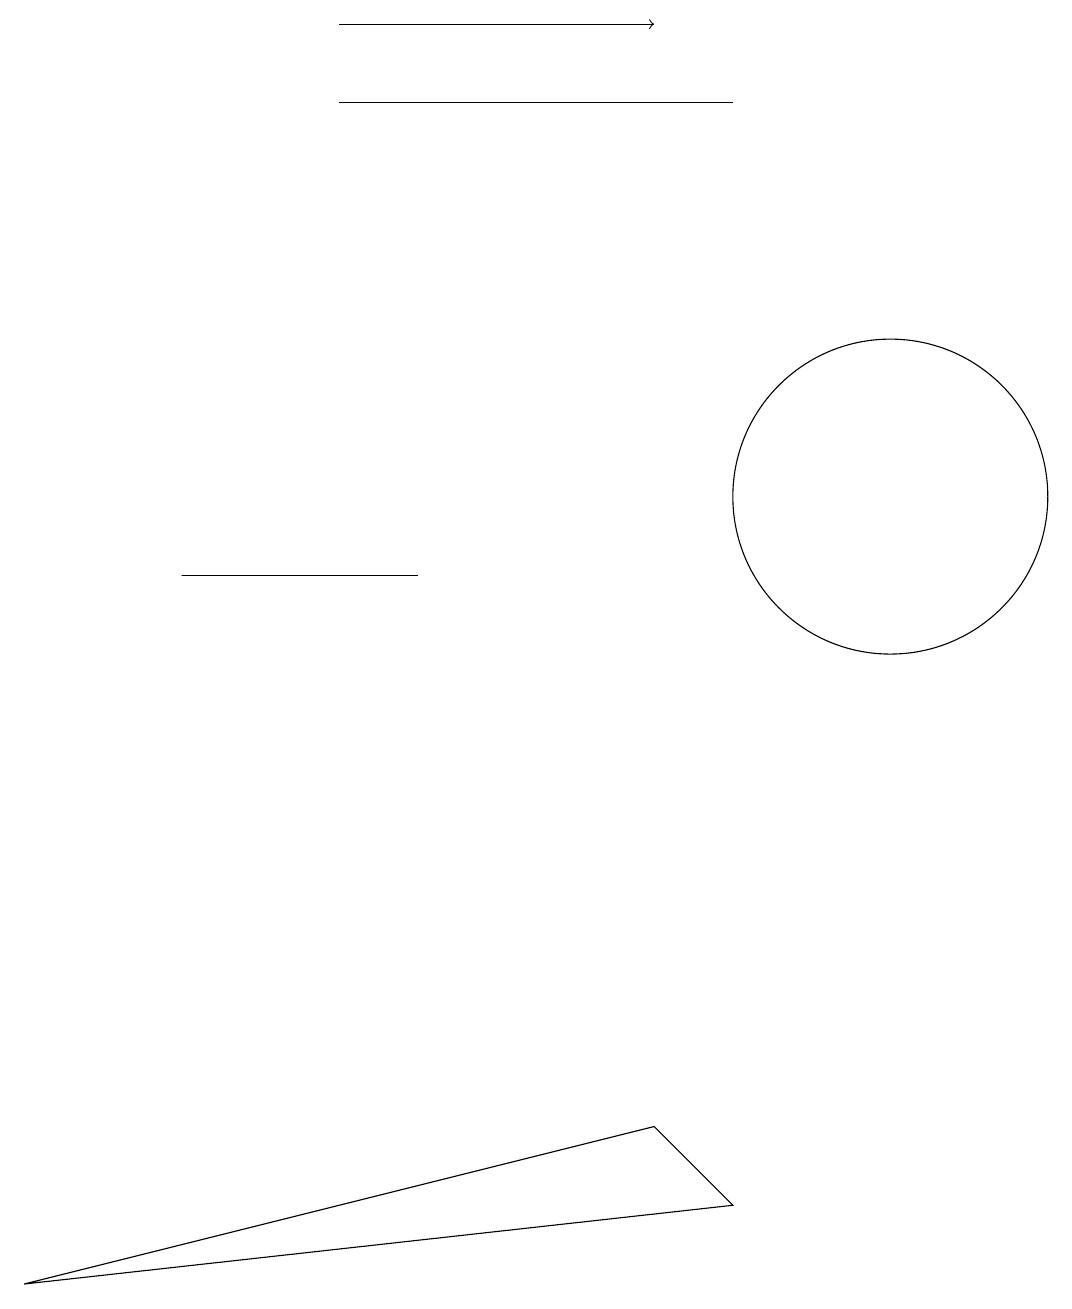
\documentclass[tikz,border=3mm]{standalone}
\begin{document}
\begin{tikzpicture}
\draw[->] (4,18) -- (8,18);
\draw (4,17) rectangle (9,17);
\draw (5,11) rectangle (2,11);
\draw (9,3) -- (0,2) -- (8,4) -- cycle;
\draw (11,12) circle (2);
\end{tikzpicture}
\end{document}